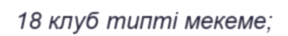
18 клуб типті мекеме;